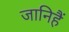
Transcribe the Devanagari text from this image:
जानिहैं